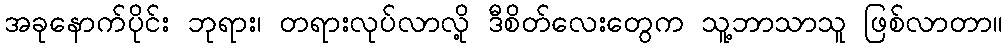
အခုနောက်ပိုင်း ဘုရား၊ တရားလုပ်လာလို့ ဒီစိတ်လေးတွေက သူ့ဘာသာသူ ဖြစ်လာတာ။